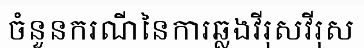
ចំនួនករណីនៃការឆ្លងវីរុសវីរុស